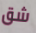
شق